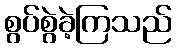
စွပ်စွဲခဲ့ကြသည်